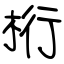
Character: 桁